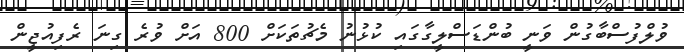
ވުލްފުސްބާގުން ވަނީ ބުންޑަސްލީގާގައި ކުޅުނު މެޗުތަކަށް 800 އަށް ވުރެ ގިނަ ރެފިއުޖީން